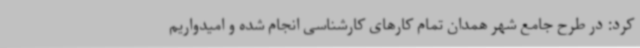
کرد: در طرح جامع شهر همدان تمام کارهای کارشناسی انجام شده و امیدواریم